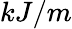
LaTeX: kJ/m